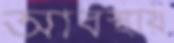
আবস্থায়